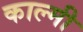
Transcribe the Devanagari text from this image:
काल्मी